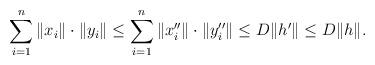
LaTeX: \begin{align*} \sum_{i=1}^n \| x_i \|\cdot \| y_i \| \leq \sum_{i=1}^n \| x''_i \| \cdot \| y''_i \| \leq D \| h' \| \leq D \| h \|.\end{align*}